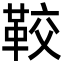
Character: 𩊔